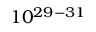
1 0 ^ { 2 9 - 3 1 }